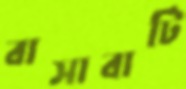
বাসাবাটি